Lyperosia minuta, Bezzi - Number 59
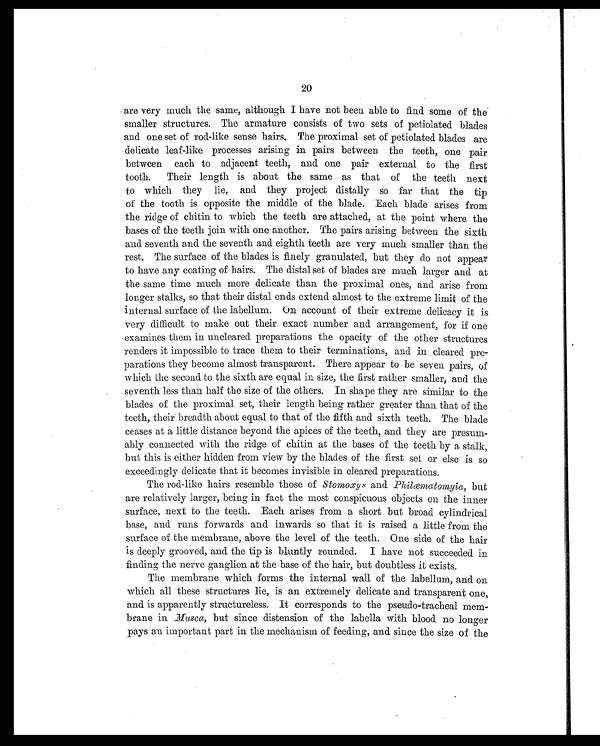
20
are very much the same, although I have not been able to find some of the
smaller structures. The armature consists of two sets of petiolated blades
and one set of r od- l i ke sense hai r s. The pr oxi mal set of pet i ol at ed bl ades ar e
delicate leaf-like processes arising in pairs between the teeth, one pair
between each to adjacent teeth, and one pair external to the first
tooth. Their length is about the same as that of the teeth next
to which they lie, and they project distally so far that the tip
of the tooth is opposite the middle of the blade. Each blade arises from
the ridge of chitin to which the teeth are attached, at the point where the
bases of the teeth join with one another. The pairs arising between the sixth
and seventh and the seventh and eighth teeth are very much smaller than the
rest. The surface of the blades is finely granulated, but they do not appear
to have any coating of hairs. The distal set of blades are much larger and at
the same time much more delicate than the proximal ones, and arise from
longer stalks, so that their distal ends extend almost to the extreme limit of the
internal surface of the labellum. On account of their extreme delicacy it is
very difficult to make out their exact number and arrangement, for if one
examines them in uncleared preparations the opacity of the other structures
renders it impossible to trace them to their terminations, and in cleared pre
- p a r a t i o n s t h e y b e c o m e a l m o s t t r a n s p a r e n t . T h e r e a p p e a r t o b e s e v e n p a i r s , o f
which the second to the sixth are equal in size, the first rather smaller, and the
seventh less than half the size of the others. In shape they are similar to the
blades of the proximal set, their length being rather greater than that of the
teeth, their breadth about equal to that of the fifth and sixth teeth. The blade
ceases at a little distance beyond the apices of the teeth, and they are presum
- a b l y c o n n e c t e d w i t h t h e r i d g e o f c h i t i n a t t h e b a s e s o f t h e t e e t h b y a s t a l k ,
but this is either hidden from view by the blades of the first set or else is so
exceedingly delicate that it becomes invisible in cleared preparations.
The rod-like hairs resemble those of Stomoxysa n d
P h i l œ m a t o m y i a
, b u t
are relatively larger, being in fact the most conspicuous objects on the inner
surface, next to the teeth. Each arises from a short but broad cylindrical
base, and runs forwards and inwards so that it is raised a little from the
surface of the membrane, above the level of the teeth. One side of the hair
is deeply grooved, and the tip is bluntly rounded. I have not succeeded in
finding the nerve ganglion at the base of the hair, but doubtless it exists.
The membrane which forms the internal wall of the labellum, and on
which all these structures lie, is an extremely delicate and transparent one,
and is apparently structureless. It corresponds to the pseudo-tracheal mem
- b r a n e i n
M u s c a
, b u t s i n c e d i s t e n s i o n o f t h e l a b e l l a w i t h b l o o d n o l o n g e r
pays an important part in the mechanism of feeding, and since the size of the